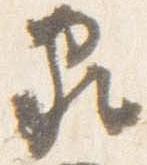
家